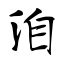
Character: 洎